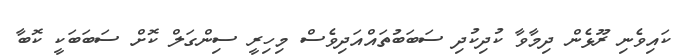
ކައިވެނި ރޫޅެން ދިމާވާ ކުދިކުދި ސަބަބުތައްއަދިވެސް މިހިރީ ސިންގަލް ކޮށް ސަބަބަކީ ކޮބާ